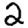
Digit: 2